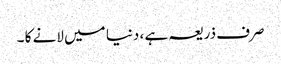
صرف ذریعہ ہے ، دنیا میں لانے کا ۔